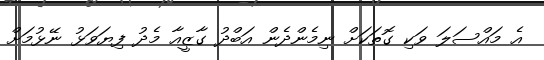
އެ މައްސަލަ ވަކި ގޮތަކަށް ނިމެންދެން އަބްދު ގާޒީއާ މެދު ފިޔަވަޅު ނޭޅުމަށް